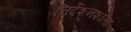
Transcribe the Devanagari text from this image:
निर्देशनशाला